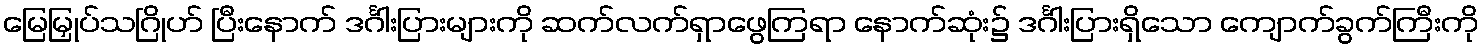
မြေမြှုပ်သဂြိုဟ် ပြီးနောက် ဒင်္ဂါးပြားများကို ဆက်လက်ရှာဖွေကြရာ နောက်ဆုံး၌ ဒင်္ဂါးပြားရှိသော ကျောက်ခွက်ကြီးကို